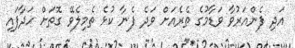
އަދި ފެންއަރުވާ ވަޑާމުގެ ތެރެއަށް ވަދެ ފެނާ ކުޅެ ތެމިލެވޭ ގޮތަށް ހަދާފައި